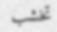
تخشب